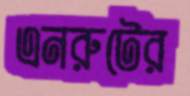
এনরুটের